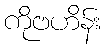
ကိုဗဟိန်း